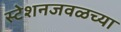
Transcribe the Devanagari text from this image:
स्टेशनजवळच्या